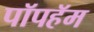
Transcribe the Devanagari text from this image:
पॉपहॅम